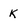
Character: k